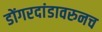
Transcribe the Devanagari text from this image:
डोंगरदांडावरुनच